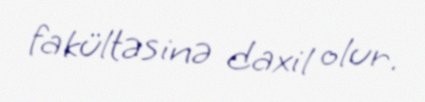
fakültəsinə daxil olur.